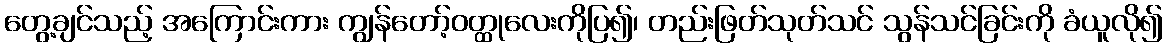
တွေ့ချင်သည့် အကြောင်းကား ကျွန်တော့်ဝတ္ထုလေးကိုပြ၍၊ တည်းဖြတ်သုတ်သင် သွန်သင်ခြင်းကို ခံယူလို၍